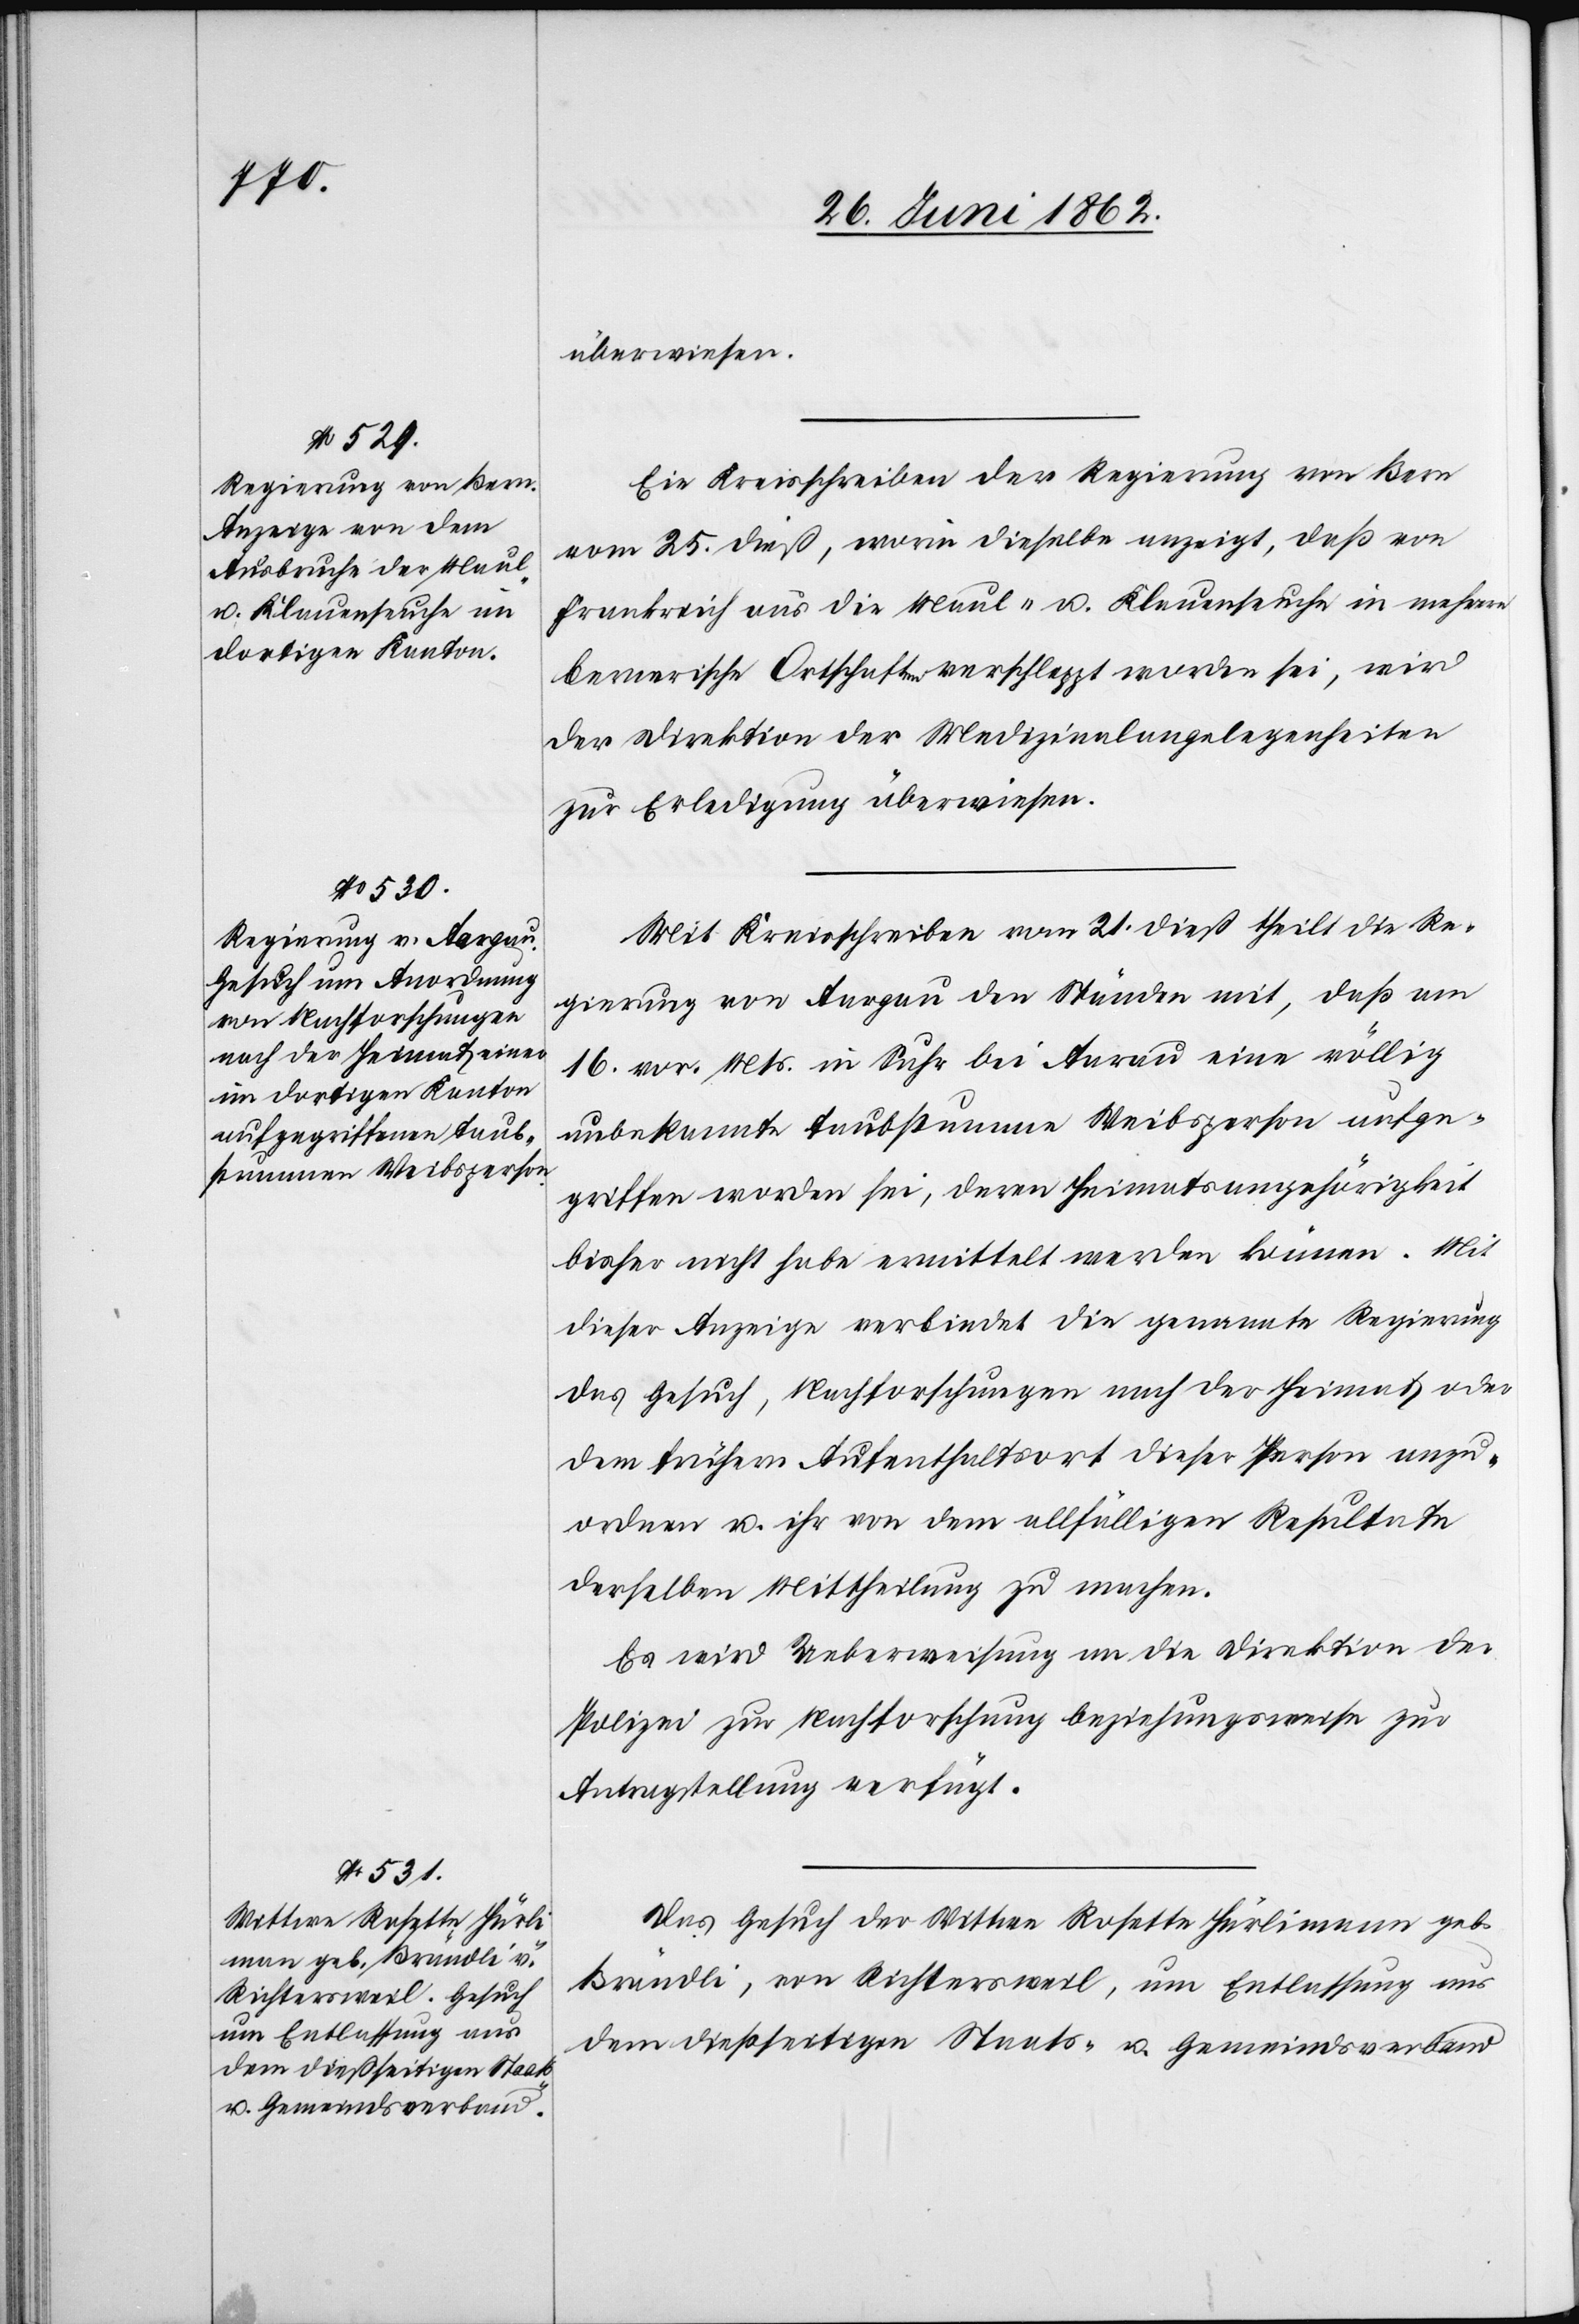
27. Juni 1862.]
überwiesen.
Ein Kreisschreiben der Regierung von Bern
vom 25. dieß, worin dieselbe anzeigt, daß von
Frankreich aus die Maul- u. Klauenseuche in mehrere
bernerische Ortschaften verschleppt worden sei, wird
der Direktion der Medizinalangelegenheiten
zur Erledigung überwiesen.
Mit Kreisschreiben vom 21. dieß theilt die Re¬
gierung von Aargau den Ständen mit, daß am
16. vor. Mts. in Suhr bei Aarau eine völlig
unbekannte taubstumme Weibsperson aufge¬
griffen worden sei, deren Heimatsangehörigkeit
bisher nicht habe ermittelt werden können. Mit
dieser Anzeige verbindet die genannte Regierung
das Gesuch, Nachforschungen nach der Heimat oder
dem frühern Aufenthaltsort dieser Person anzu¬
ordnen u. ihr von dem allfälligen Resultate
derselben Mittheilung zu machen.
Es wird Ueberweisung an die Direktion der
Polizei zur Nachforschung beziehungsweise zur
Antragstellung verfügt.
Das Gesuch der Wittwe Rosette Hürlimann geb.
Brändli, von Richtersweil, um Entlassung aus
dem dießseitigen Staats- u. Gemeindsverband